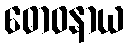
ဓောဝနာယ